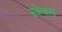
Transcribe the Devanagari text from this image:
स्केचला